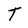
Character: T